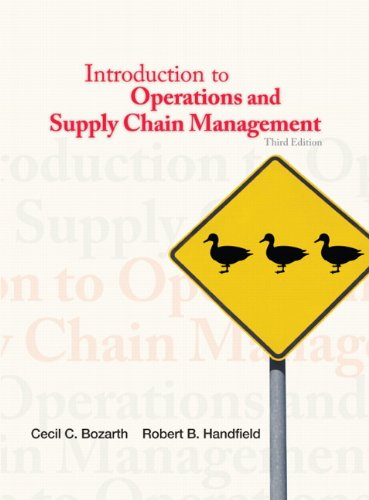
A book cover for Introduction to Operations and Supply Chain Management (3rd Edition); Cecil B. Bozarth; Business & Money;